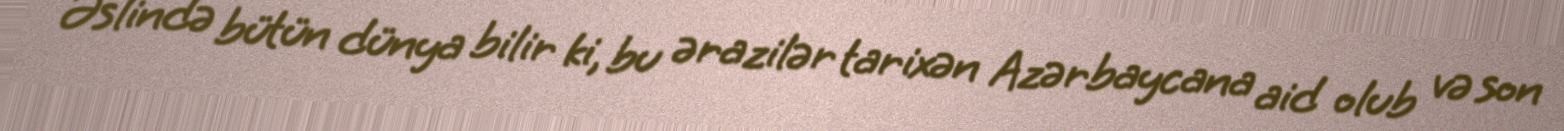
Əslində bütün dünya bilir ki, bu ərazilər tarixən Azərbaycana aid olub və son